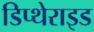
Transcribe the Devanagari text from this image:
डिप्थेराइड